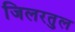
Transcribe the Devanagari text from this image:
जिलरतुल